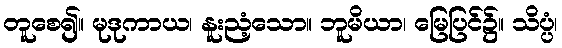
တူစေ၍။ မုဒုကာယ၊ နူးညံ့သော။ ဘူမိယာ၊ မြေပြင်၌။ သိပ္ပံ၊